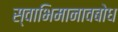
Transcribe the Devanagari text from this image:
स्वाभिमानावबोध